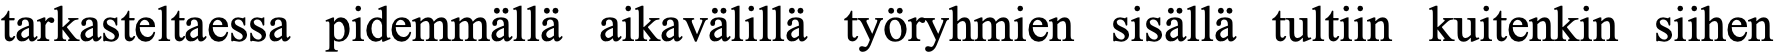
tarkasteltaessa pidemmällä aikavälillä työryhmien sisällä tultiin kuitenkin siihen